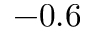
- 0 . 6